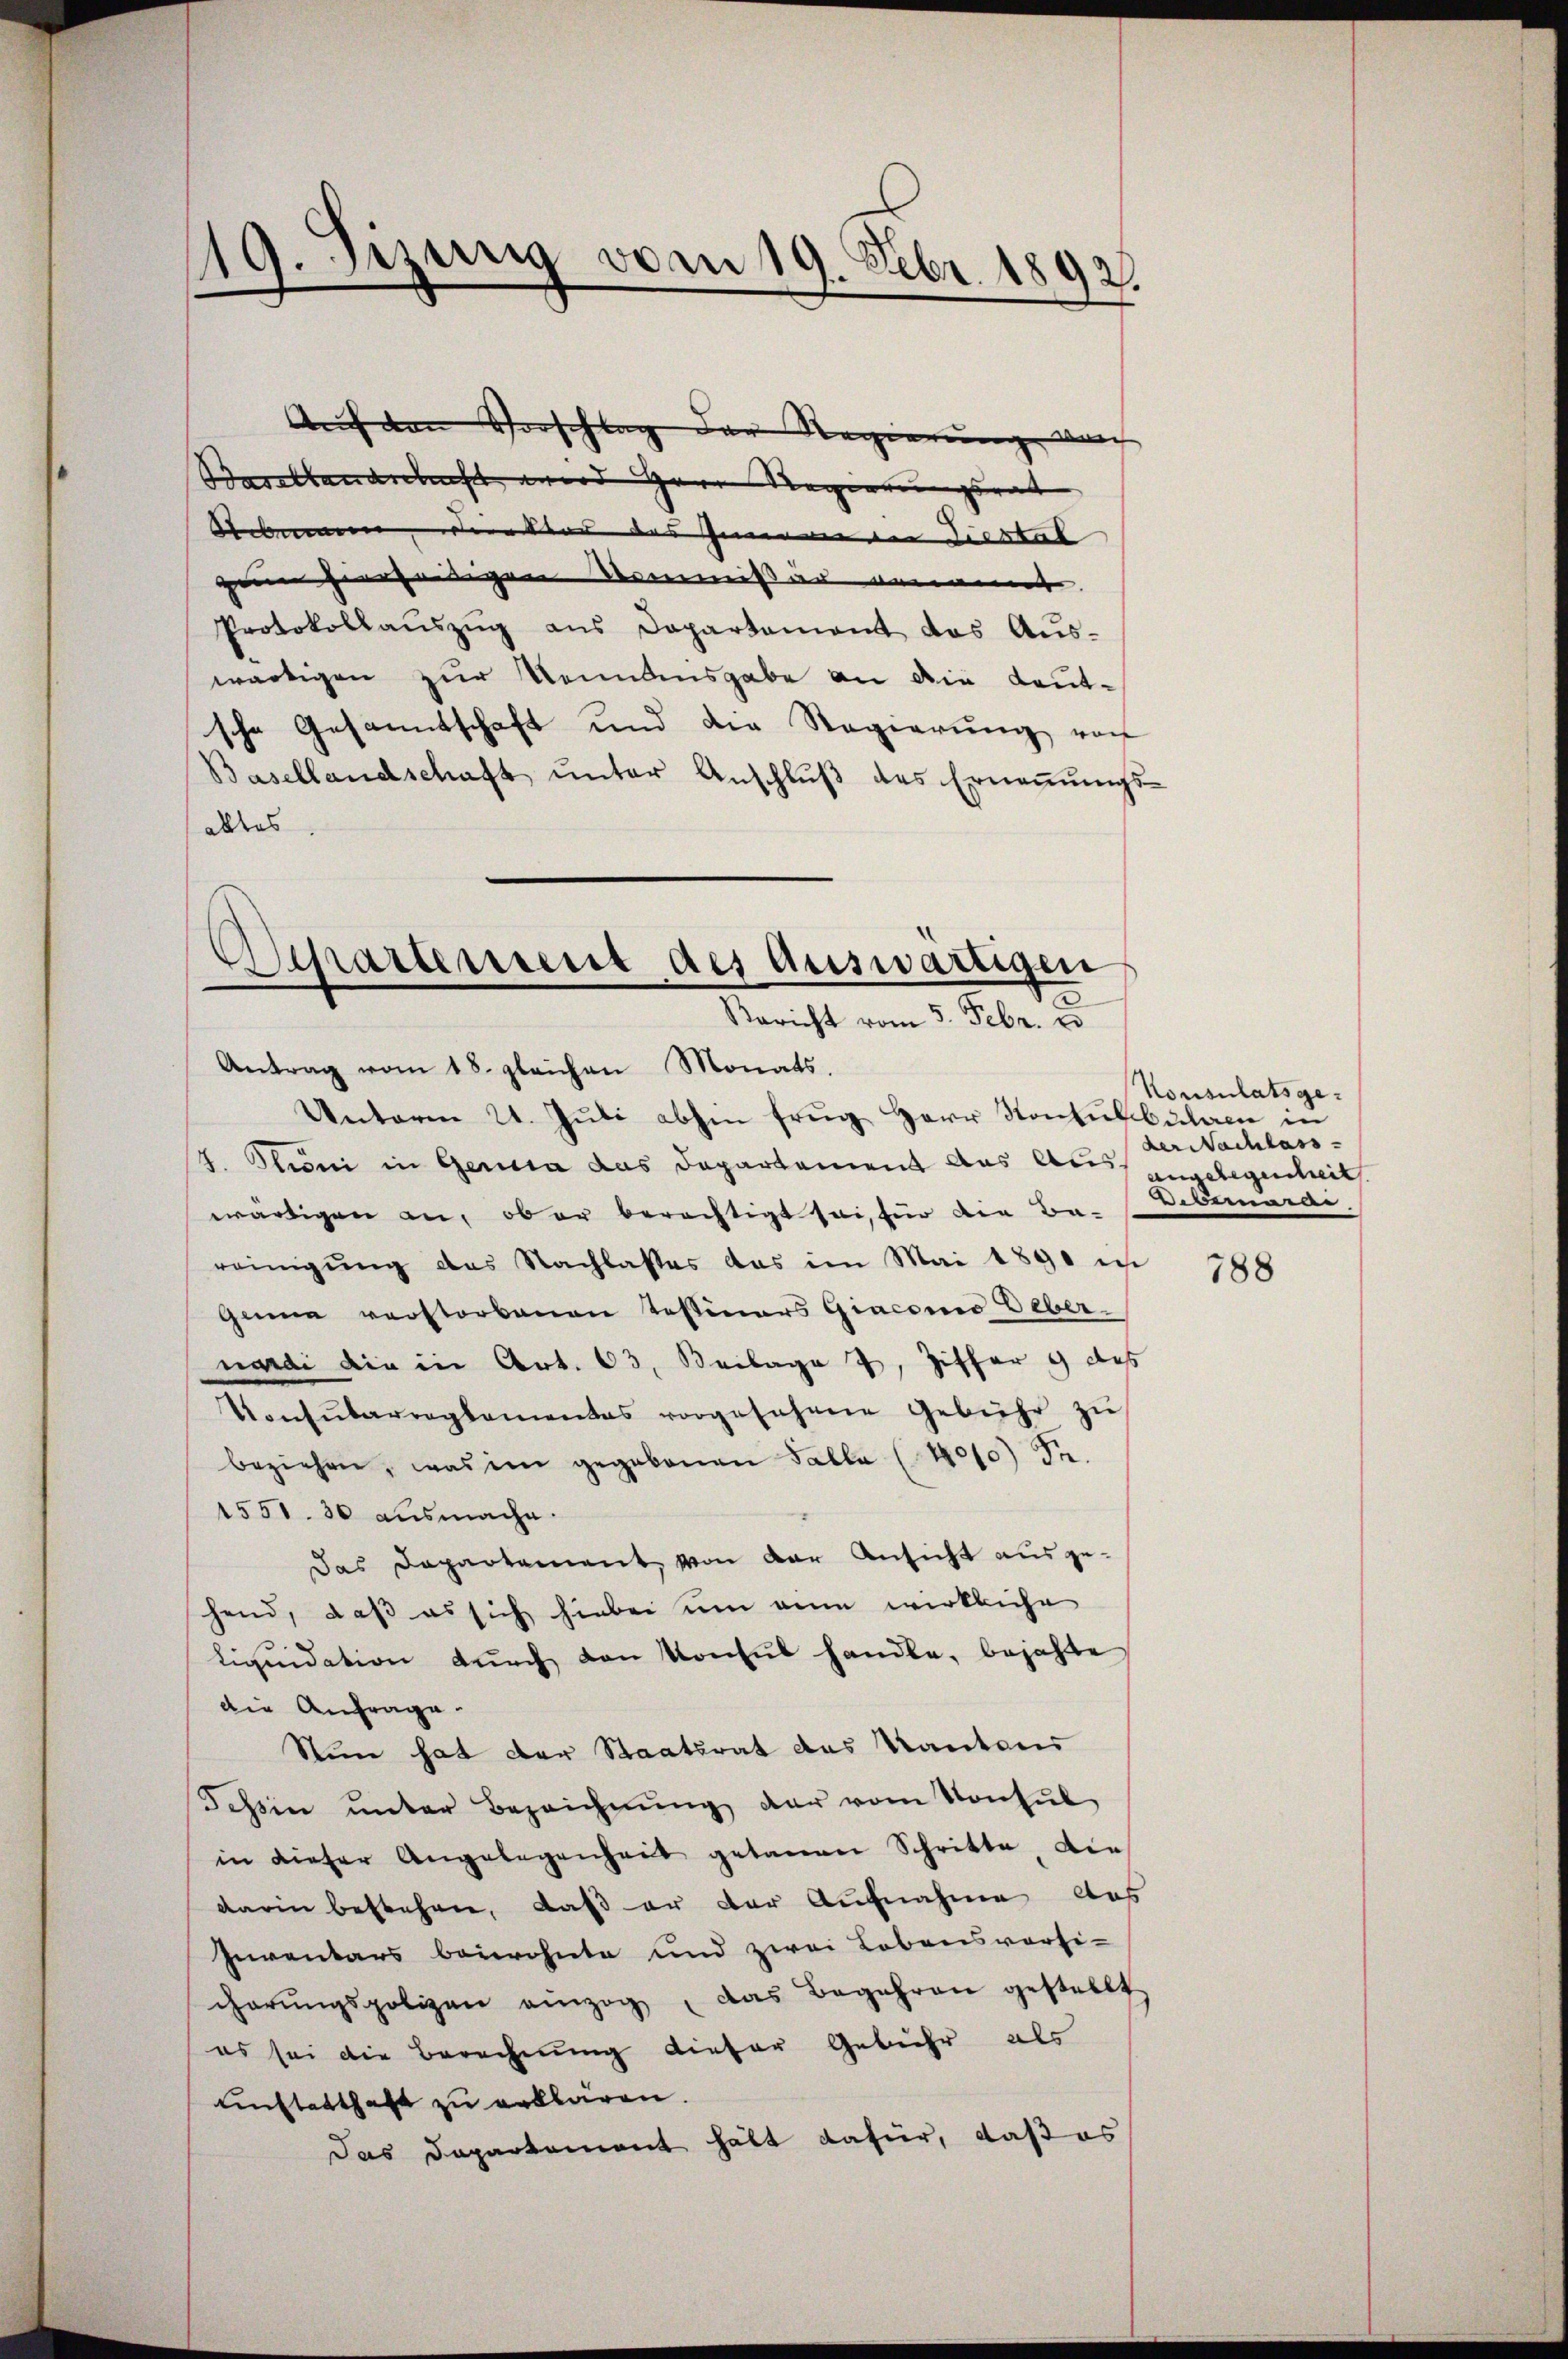
19. Jizung vom 19. Febr. 1892.

Auf den Vorschlag der Regierung durch
Borellandschaft wird Herr Regierungsrat |
Sebinnen die vor des Zimmen in Liestal
ge hierseitigen Kommis an genant
Protokollaŭszŭg ans Dopartement das Aŭs-
wärtigen zur Kenntensgabe an die Leut-
sche Gesantschaft und die Regierung von
Basellandschaft ŭnter Anschlŭβ des Erneṅŭngs-
alltes
Departement des Auswärtigen

Bericht vom 5. Febr. e
Antrag vom 18. gleichen Monats,
Unterm 21. Jŭli abhin frug Herr Kontulbulen in

/8. Pioni in Gerica das Departement aus Aus angelegenheit
wärtigen an, ob er berechtigt sei, für die Bareinigung des Nachlasses das im Mai 1890 in
Ganna verstorbenen Tessiners Giacomo Debernardi die in Art. 63. Beilage 7, Ziffer 9 des
Konsŭbarreglementes vorgesehene Gebühr zŭ
beziehen, was im gegebenen Falle (4000 Fr.
1551. 30 ausmache.
das Departement, von der Ansicht ausgehend, daß es sich hiebei um eine wirkliche
Liqŭidation durch den Konsul handle, bejahte
die Anfrage.
Nun hat der Staatsrat das Kantons
Tessin unter Bezeichnŭng der vom Konsul
in dieser Angelegenheit getanen Schritte, die
darin bestehen, daß er der Aufnahme das
Inventars beiwohnte und zwei Lobensvorsi-
cherŭngspolizen einzog, das Begehren gestellt
es sei die Berechnung dieser Gebiete als
unftatthaft zu erklären.
Das Departement hält dafür, daß es

Konsulatsgeder Nachlass
Vebemann,

788